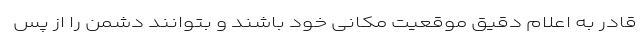
قادر به اعلام دقیق موقعیت مکانی خود باشند و بتوانند دشمن را از پس